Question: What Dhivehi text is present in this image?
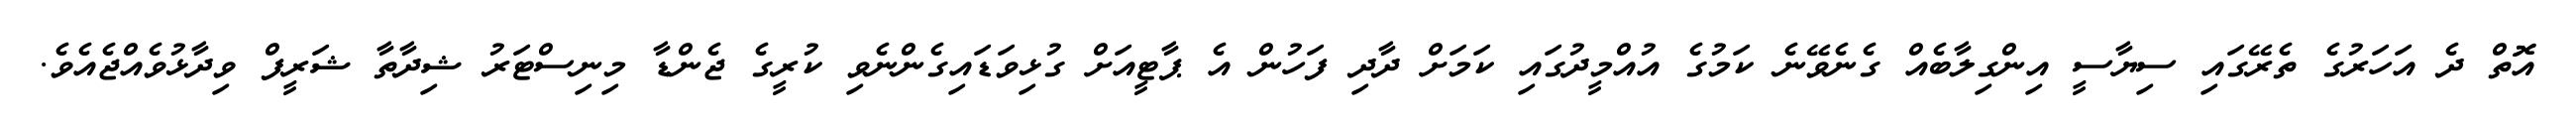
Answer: އޮތް ދެ އަހަރުގެ ތެރޭގައި ސިޔާސީ އިންގިލާބެއް ގެނެވޭނެ ކަމުގެ އުއްމީދުގައި ކަމަށް ދާދި ފަހުން އެ ޕާޓީއަށް ގުޅިވަޑައިގެންނެވި ކުރީގެ ޖެންޑާ މިނިސްޓަރު ޝިދާތާ ޝަރީފް ވިދާޅުވެއްޖެއެވެ.